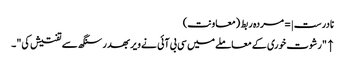
نادرست |=مردہ ربط (معاونت)
↑ "رشوت خوری کے معاملے میں سی بی آئی نے ویر بھدر سنگھ سے تفتیش کی"۔